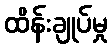
ထိန်းချုပ်မှု